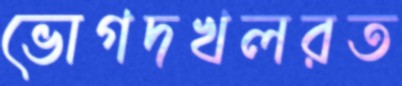
ভোগদখলরত